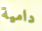
دامية